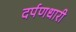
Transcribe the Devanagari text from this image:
दर्पणधारी